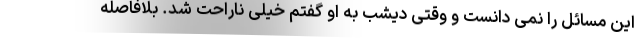
این مسائل را نمی دانست و وقتی دیشب به او گفتم خیلی ناراحت شد. بلافاصله